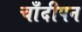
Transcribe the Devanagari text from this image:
चाँदीपन